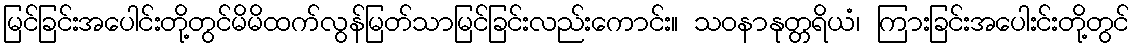
မြင်ခြင်းအပေါင်းတို့တွင်မိမိထက်လွန်မြတ်သာမြင်ခြင်းလည်းကောင်း။ သဝနာနုတ္တရိယံ၊ ကြားခြင်းအပေါးင်းတို့တွင်